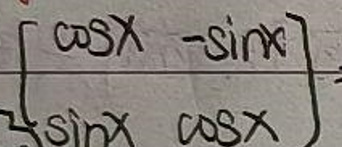
$\begin{bmatrix} \cos x&-\sin x\\ \sin x&\cos x\end{bmatrix}$